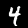
Digit: 4